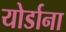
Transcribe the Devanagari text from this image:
योर्डाना